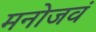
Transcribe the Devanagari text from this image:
मनोजवं